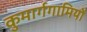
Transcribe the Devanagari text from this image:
कुमार्गगामियों